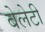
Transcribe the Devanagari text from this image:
बेलेटी